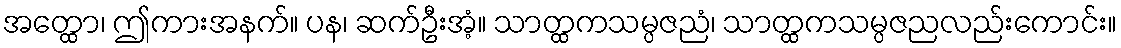
အတ္ထော၊ ဤကားအနက်။ ပန၊ ဆက်ဦးအံ့။ သာတ္ထကသမ္ပဇညံ၊ သာတ္ထကသမ္ပဇညလည်းကောင်း။